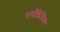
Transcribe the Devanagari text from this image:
ग्लॉकिडियम